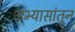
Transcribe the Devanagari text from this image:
अभ्यासांतून